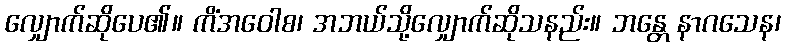
လျှောက်ဆိုပေ၏။ ကိံအဝေါစ၊ အဘယ်သို့လျှောက်ဆိုသနည်း။ ဘန္တေ နာဂသေန၊